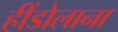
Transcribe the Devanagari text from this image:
हींडोलाना